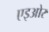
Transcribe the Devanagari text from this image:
एइओर